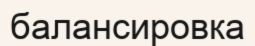
балансировка